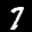
Label: 7